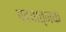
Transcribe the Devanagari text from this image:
पदयात्मक